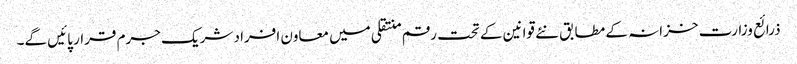
ذرائع وزارت خزانہ کے مطابق نئے قوانین کے تحت رقم منتقلی میں معاون افراد شریک جرم قرار پائیں گے۔